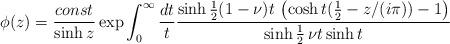
LaTeX: \begin{align*}\phi (z)=\frac{const}{\sinh z}\exp \int_{0}^{\infty }\frac{dt}{t}\frac{\sinh \frac{1}{2}(1-\nu )t\,\left( \cosh t(\frac{1}{2}-z/(i\pi ))-1\right) }{\sinh \frac{1}{2}\,\nu t\sinh t}\end{align*}